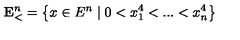
\mathbf { E } _ { < } ^ { n } = \left\{ x \in E ^ { n } \mid 0 < x _ { 1 } ^ { 4 } < . . . < x _ { n } ^ { 4 } \right\}